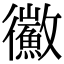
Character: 鰴